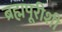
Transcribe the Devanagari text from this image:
ब्रह्मपूरीशी